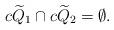
LaTeX: \begin{align*}c\widetilde Q_1 \cap c\widetilde Q_2 = \emptyset.\end{align*}